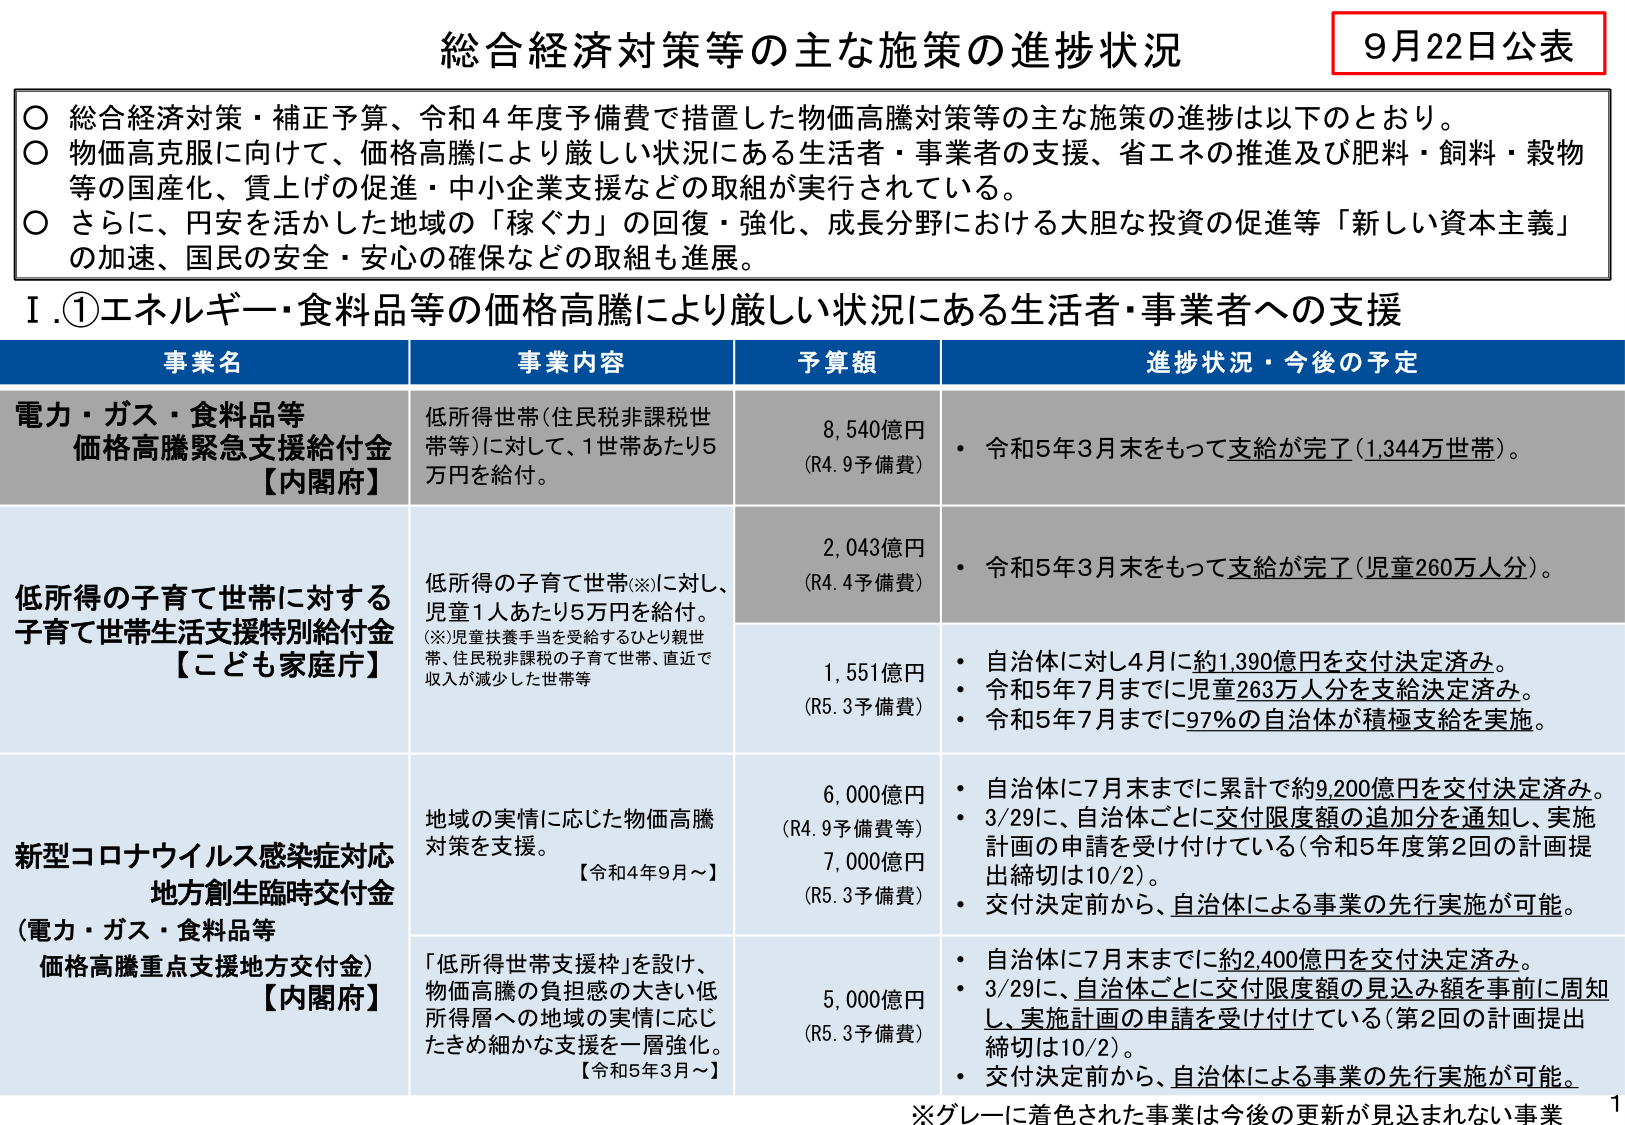
総合経済対策等の主な施策の進捗状況
9月22日公表

○ 総合経済対策・補正予算、令和4年度予備費で措置した物価高騰対策等の主な施策の進捗は以下のとおり。
○ 物価高克服に向けて、価格高騰により厳しい状況にある生活者・事業者の支援、省エネの推進及び肥料・飼料・穀物等の国産化、賃上げの促進・中小企業支援などの取組が実行されている。
○ さらに、円安を活かした地域の「稼ぐ力」の回復・強化、成長分野における大胆な投資の促進等「新しい資本主義」の加速、国民の安全・安心の確保などの取組も進展。

Ⅰ.①エネルギー・食料品等の価格高騰により厳しい状況にある生活者・事業者への支援

| 事業名 | 事業内容 | 予算額 | 進捗状況・今後の予定 |
|---|---|---|---|
| 電力・ガス・食料品等<br>価格高騰緊急支援給付金<br>【内閣府】 | 低所得世帯（住民税非課税世帯等）に対して、1世帯あたり5万円を給付。 | 8,540億円<br>（R4.9予備費） | ・令和5年3月末をもって支給が完了（1,344万世帯）。 |
| 低所得の子育て世帯に対する<br>子育て世帯生活支援特別給付金<br>【こども家庭庁】 | 低所得の子育て世帯（※）に対し、児童1人あたり5万円を給付。<br>（※）児童扶養手当を受給するひとり親世帯、住民税非課税の子育て世帯、直近で収入が減少した世帯等 | 2,043億円<br>（R4.4予備費） | ・令和5年3月末をもって支給が完了（児童260万人分）。 |
| | | 1,551億円<br>（R5.3予備費） | ・自治体に対し4月に約1,390億円を交付決定済み。<br>・令和5年7月までに児童263万人分を支給決定済み。<br>・令和5年7月までに97％の自治体が積極支給を実施。 |
| 新型コロナウイルス感染症対応<br>地方創生臨時交付金<br>（電力・ガス・食料品等<br>価格高騰重点支援地方交付金）<br>【内閣府】 | 地域の実情に応じた物価高騰対策を支援。<br>【令和4年9月～】 | 6,000億円<br>（R4.9予備費等）<br>7,000億円<br>（R5.3予備費） | ・自治体に7月末までに累計で約9,200億円を交付決定済み。<br>・3/29に、自治体ごとに交付限度額の追加分を通知し、実施計画の申請を受け付けている（令和5年度第2回の計画提出締切は10/2）。<br>・交付決定前から、自治体による事業の先行実施が可能。 |
| | 「低所得世帯支援枠」を設け、物価高騰の負担感の大きい低所得層への地域の実情に応じたきめ細かな支援を一層強化。<br>【令和5年3月～】 | 5,000億円<br>（R5.3予備費） | ・自治体に7月末までに約2,400億円を交付決定済み。<br>・3/29に、自治体ごとに交付限度額の見込み額を事前に周知し、実施計画の申請を受け付けている（第2回の計画提出締切は10/2）。<br>・交付決定前から、自治体による事業の先行実施が可能。 |

※グレーに着色された事業は今後の更新が見込まれない事業